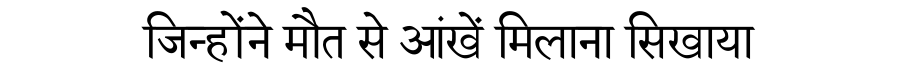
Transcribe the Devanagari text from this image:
जिन्होंने मौत से आंखें मिलाना सिखाया